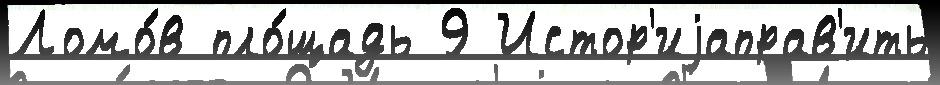
Ломо́в пло́щадь 9 Истор'иjаправ'ить